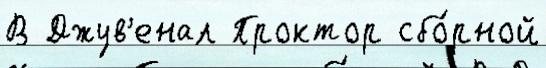
В Джув'енал Проктор сбо́рной